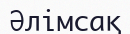
Әлімсақ